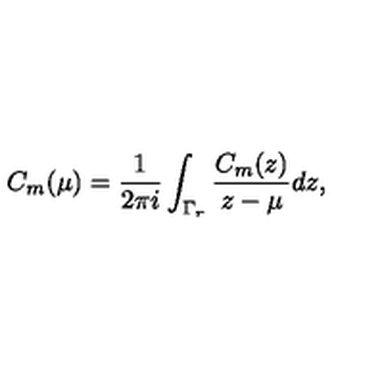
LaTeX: C _ { m } ( \mu ) = { \frac { 1 } { 2 \pi i } } \int _ { \Gamma _ { r } } { \frac { C _ { m } ( z ) } { z - \mu } } d z ,